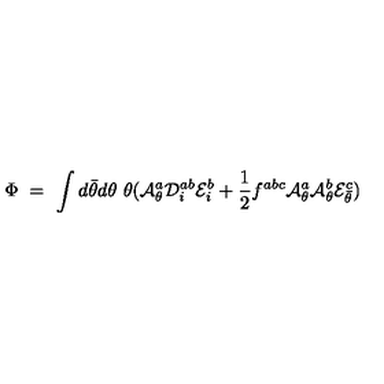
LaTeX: \Phi \ = \ \int d \bar { \theta } d \theta \ \theta ( { \cal A } _ { \theta } ^ { a } { \cal D } _ { i } ^ { a b } { \cal E } _ { i } ^ { b } + \frac { 1 } { 2 } f ^ { a b c } { \cal A } _ { \theta } ^ { a } { \cal A } _ { \theta } ^ { b } { \cal E } _ { \bar { \theta } } ^ { c } )